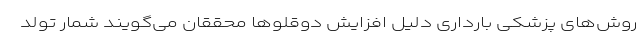
روش‌های پزشکی بارداری دلیل افزایش دوقلوها محققان می‌گویند شمار تولد